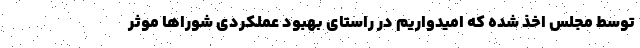
توسط مجلس اخذ شده که امیدواریم در راستای بهبود عملکردی شوراها موثر